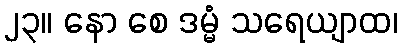
၂၃။ နော စေ ဒမ္မံ သရေယျာထ၊